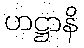
ဟဋ္ဌာနိ